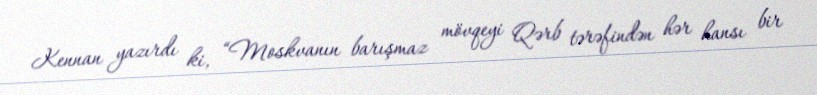
Kennan yazırdı ki, “Moskvanın barışmaz mövqeyi Qərb tərəfindən hər hansı bir